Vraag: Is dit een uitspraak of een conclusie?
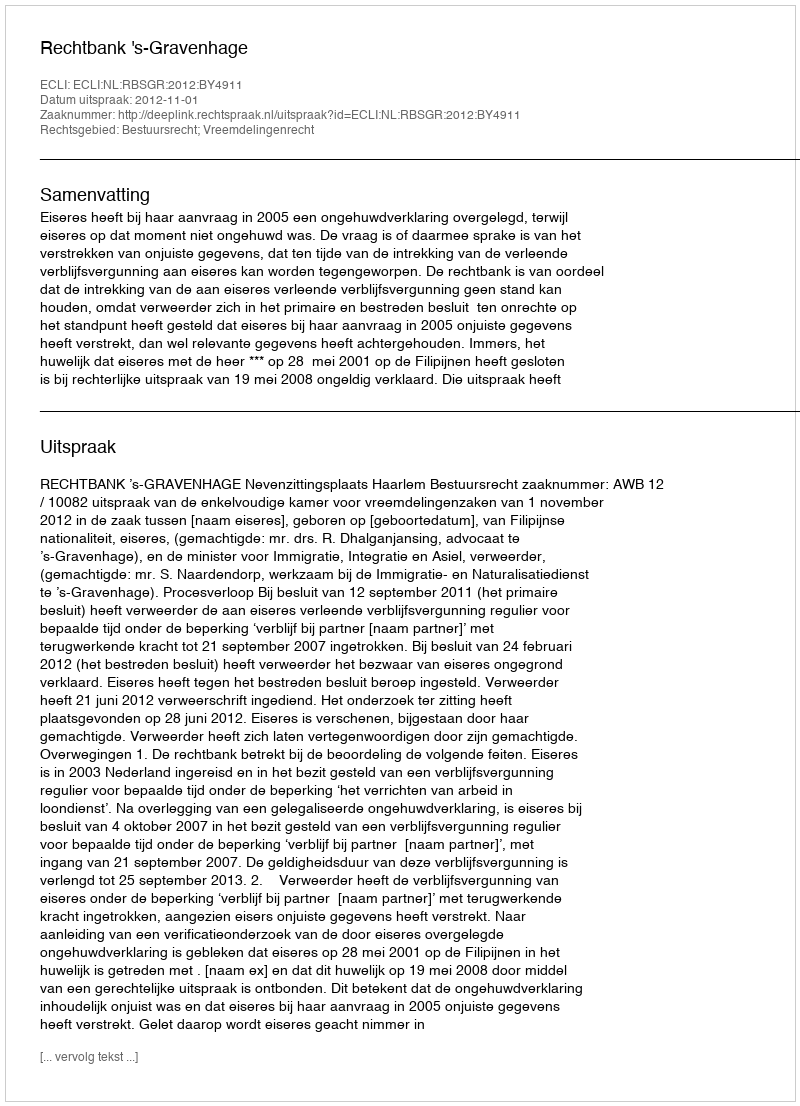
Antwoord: Uitspraak